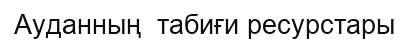
Ауданның  табиғи ресурстары